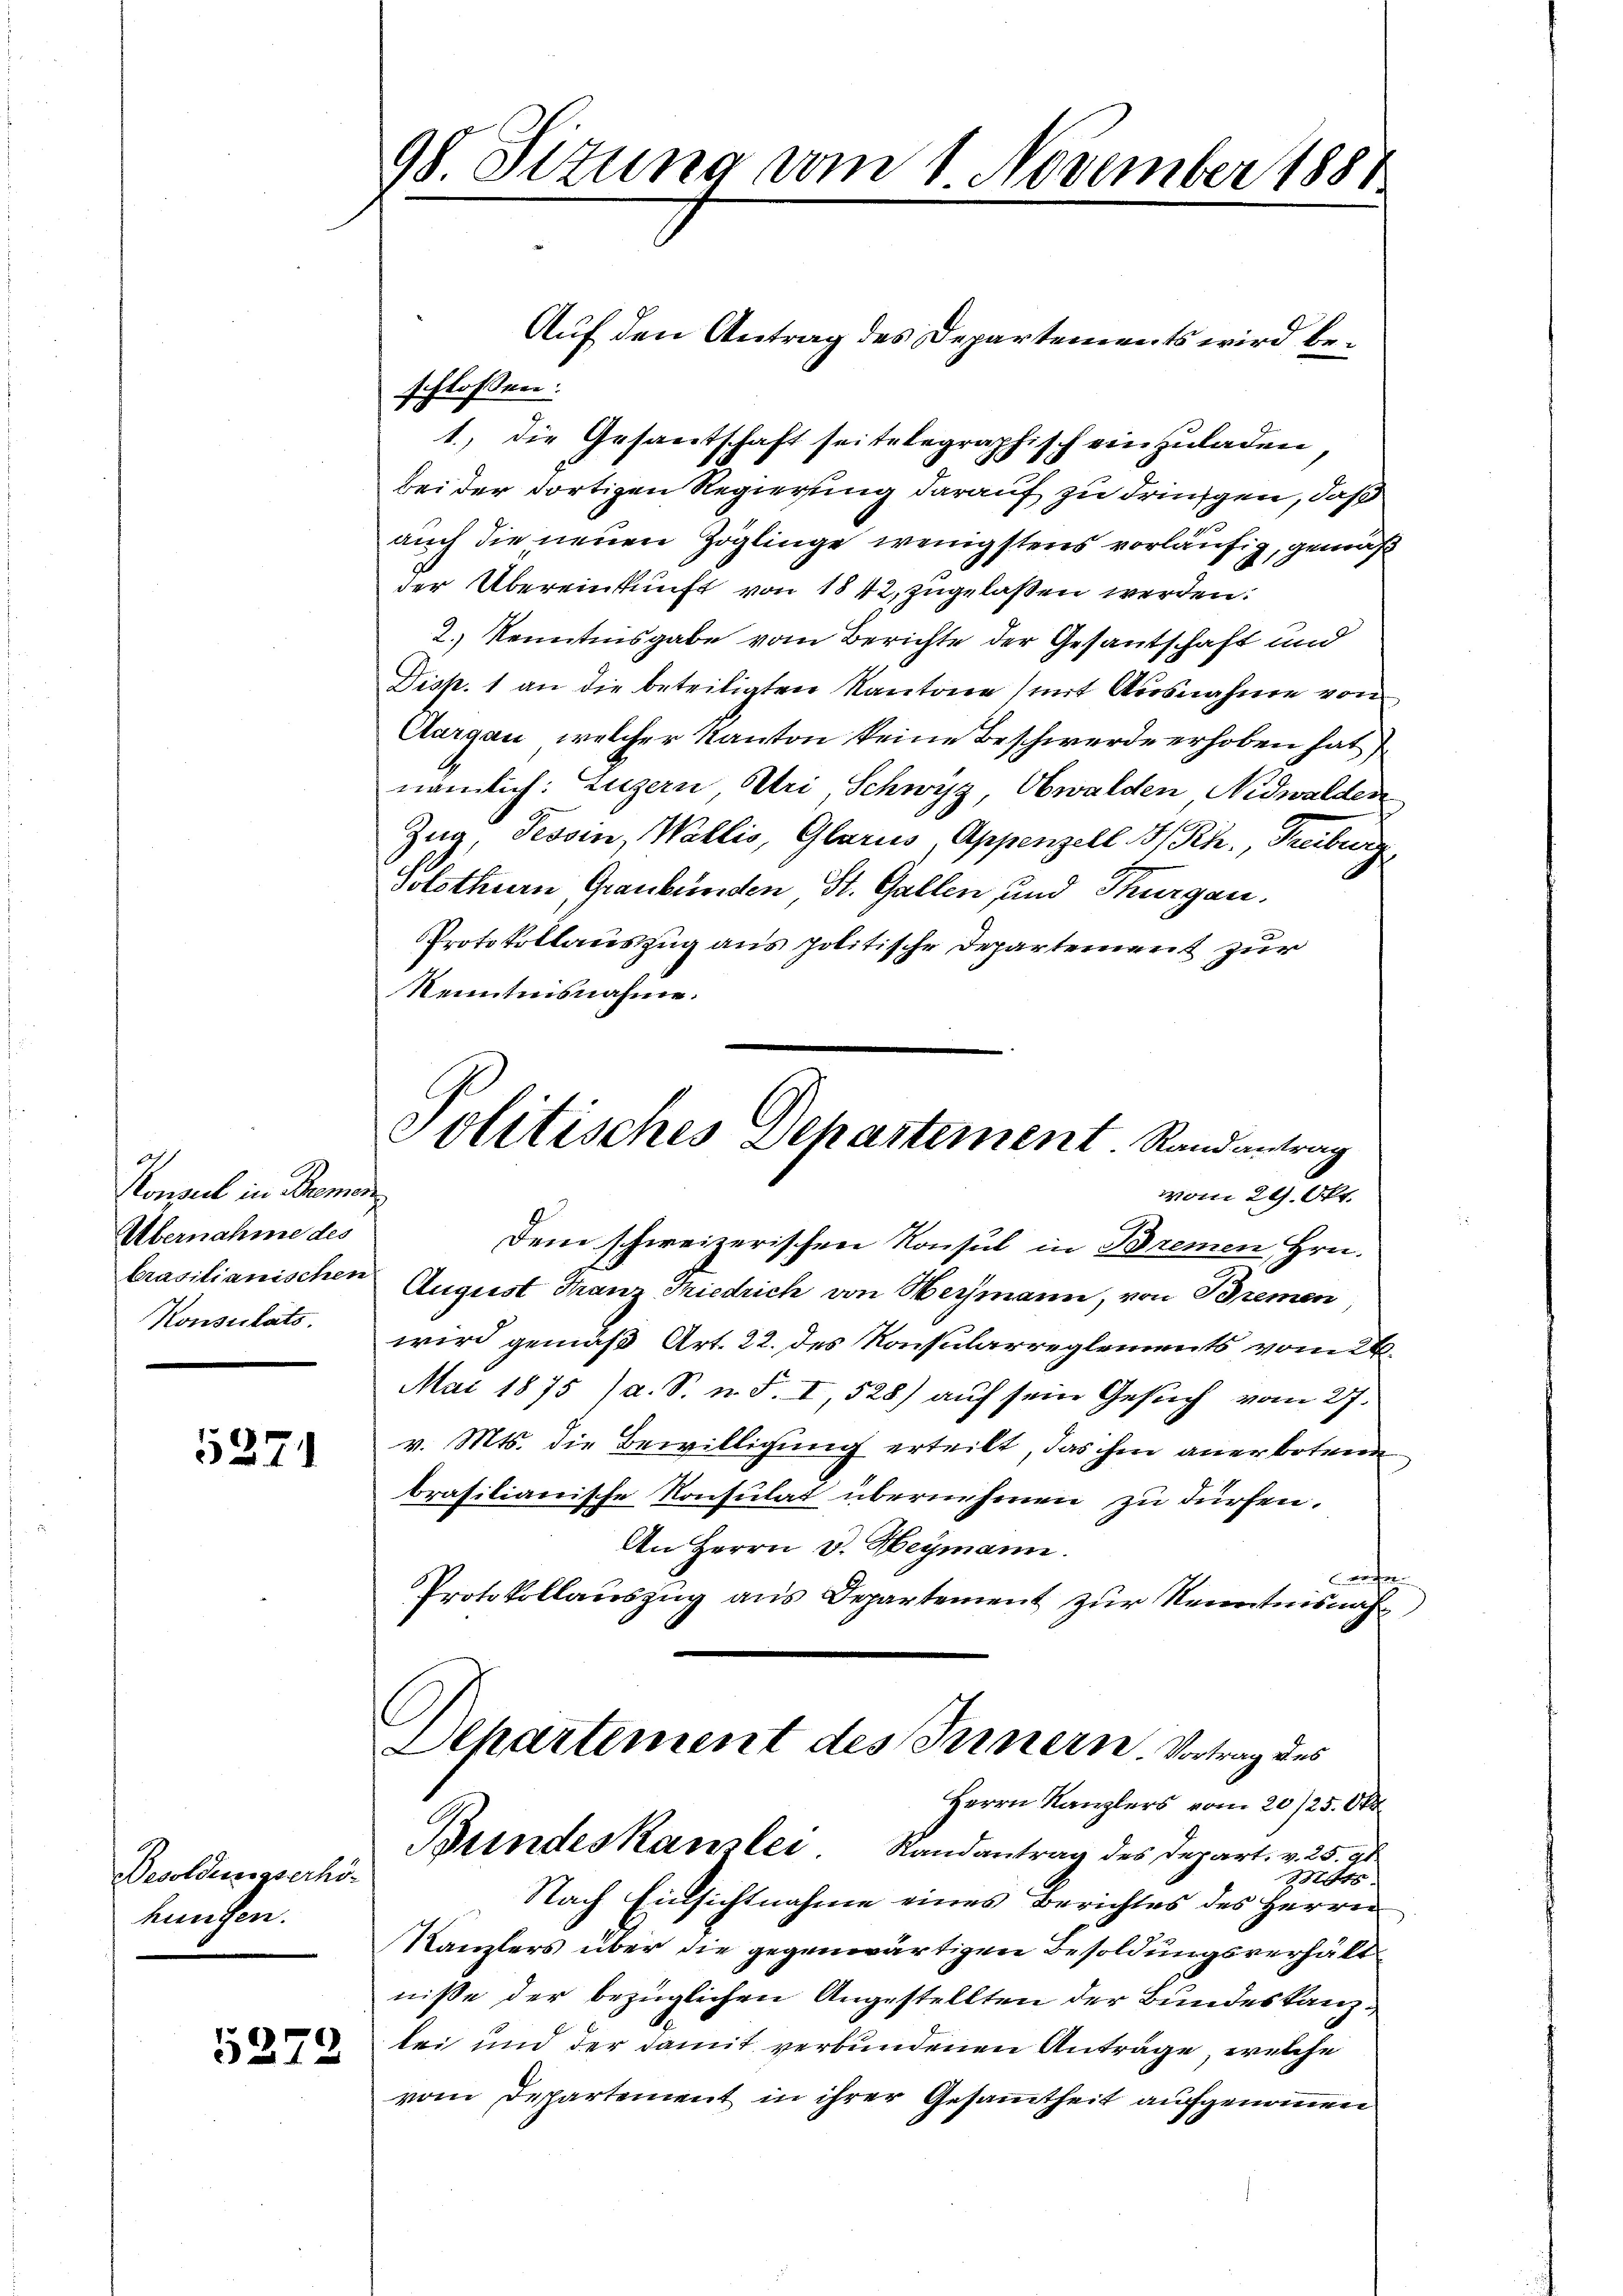
Konsul in Bremen
Übernahme des
Konsulats.

5371

Besoldensesserhöhungen.

5272

98. Sizung vom 1. November 1881

Auf den Antrag des Departements wird beschlossen:
1., die Gesantschaft seitelegraphisch einzuladen,
bei der dortigen Regierung darauf zu dringen, daß
auch die neuen Zöglinge wenigstens vorläufig, gemäß
der Übereinkunft von 1842, zugelassen werden:
2.) Kenntnisgabe vom Berichte der Gesantschaft und
Disp. 1 an die beteiligten Kantone (mit Ausnahme von
Aargau, welcher Kanton keine Beschwerde erhoben hat
nämlich: Luzern, Uri, Schwyz, Obwalden Nidwalden
Zug Tessin, Wallis, Glarus, Appenzell A. Rh., Freiburg
Solothurn, Graubünden St. Gallen, und Thurgau.
Protokollauszug aus politische Departement zur
Kenntnisnahme.

Politisches Departement Randantrag
vom 21. Okt.

Dem schweizerischen Konsul in Bremen Hrn.
brasilianischen August Franz Friedrich von Hermann, von Bremen
wird gemäß Art. 22. des Konsularreglements vom 24.
Mai 1875 (a. S. n. F. I, 528) auf sein Gesuch vom 27.
v. Mts. die Bewilligung erteilt, das ihm anerbotene
brasilianische Konsulat übernehmen zu dürfen.
An Herrn v. Heymann.
cafen
Protokollauszug aus Departement zur Kenntnisnah
Departement des Innern. Vortrag des
Herrn Kanzlers vom 20/25. Okt
Bundeskanzlei. Randantrag des Depart. v. 25. 2t
Mts.
Nach Einsichtnahme eines Berichtes des Herrn
Kanzlers über die gegenwärtigen Besoldungsverhält
niße der bezüglichen Angestellten der Bundeskanzbei und der damit verbundenen Anträge, welche
vom Departement in ihrer Gesammtheit aufgenommen